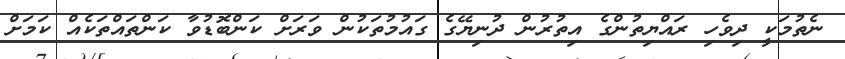
ނެތުމަކީ ދިވެހި ރައްޔިތުންގެ އިތުރުން ދުނިޔޭގެ ގައުމުތަކުން ވަރަށް ކަންބޮޑުވާ ކަންތައްތަކެއް ކަމަށް